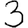
Digit: 3